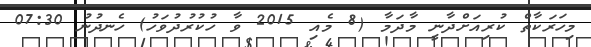
މިހަރަކާތް ކުރިއަށްދާނީ މާދަމާ (8 މެއި 2015 ވާ ހުކުރުދުވަހު) ހެނދުނު 07:30